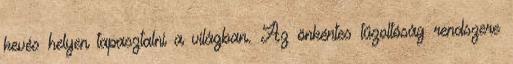
kevés helyen tapasztalni a világban. Az önkéntes tűzoltóság rendszere